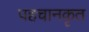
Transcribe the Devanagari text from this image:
पहचानकृत